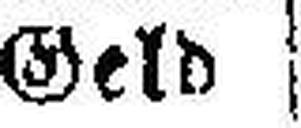
Geld